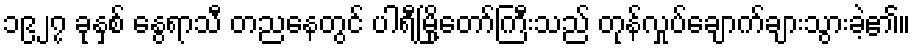
၁၉၂၇ ခုနှစ် နွေရာသီ တညနေတွင် ပါရီမြို့တော်ကြီးသည် တုန်လှုပ်ချောက်ချားသွားခဲ့၏။